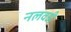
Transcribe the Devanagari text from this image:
नलवडी